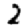
Digit: 2